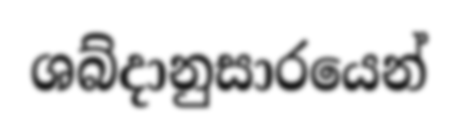
ශබ්දානුසාරයෙන්